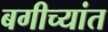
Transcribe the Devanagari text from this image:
बगीच्यांत